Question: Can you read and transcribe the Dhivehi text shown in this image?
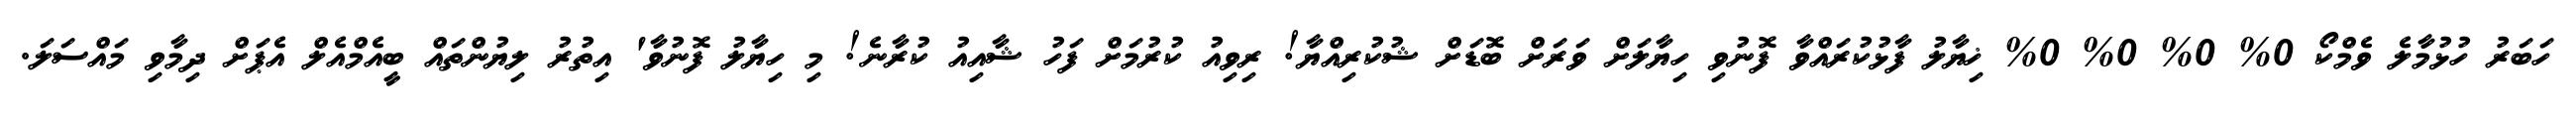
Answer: ހަބަރު ހުޅުމާލެ ވެމްކޯ 0% 0% 0% 0% ޚިޔާލު ފާޅުކުރައްވާ ފޮނުވި ހިޔާލަށް ވަރަށް ބޮޑަށް ޝުކުރިއްޔާ! ރިވިއު ކުރުމަށް ފަހު ޝާއިއު ކުރާނެ! މި ހިޔާލު ފޮނުވާ' އިތުރު ލިޔުންތައް ބީއެމްއެލް އެޕަށް ދިމާވި މައްސަލަ.